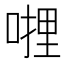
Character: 𭉜